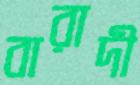
বারাদী